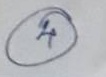
4